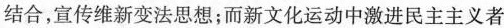
结合，宣传维新变法思想；而新文化运动中激进民主主义者